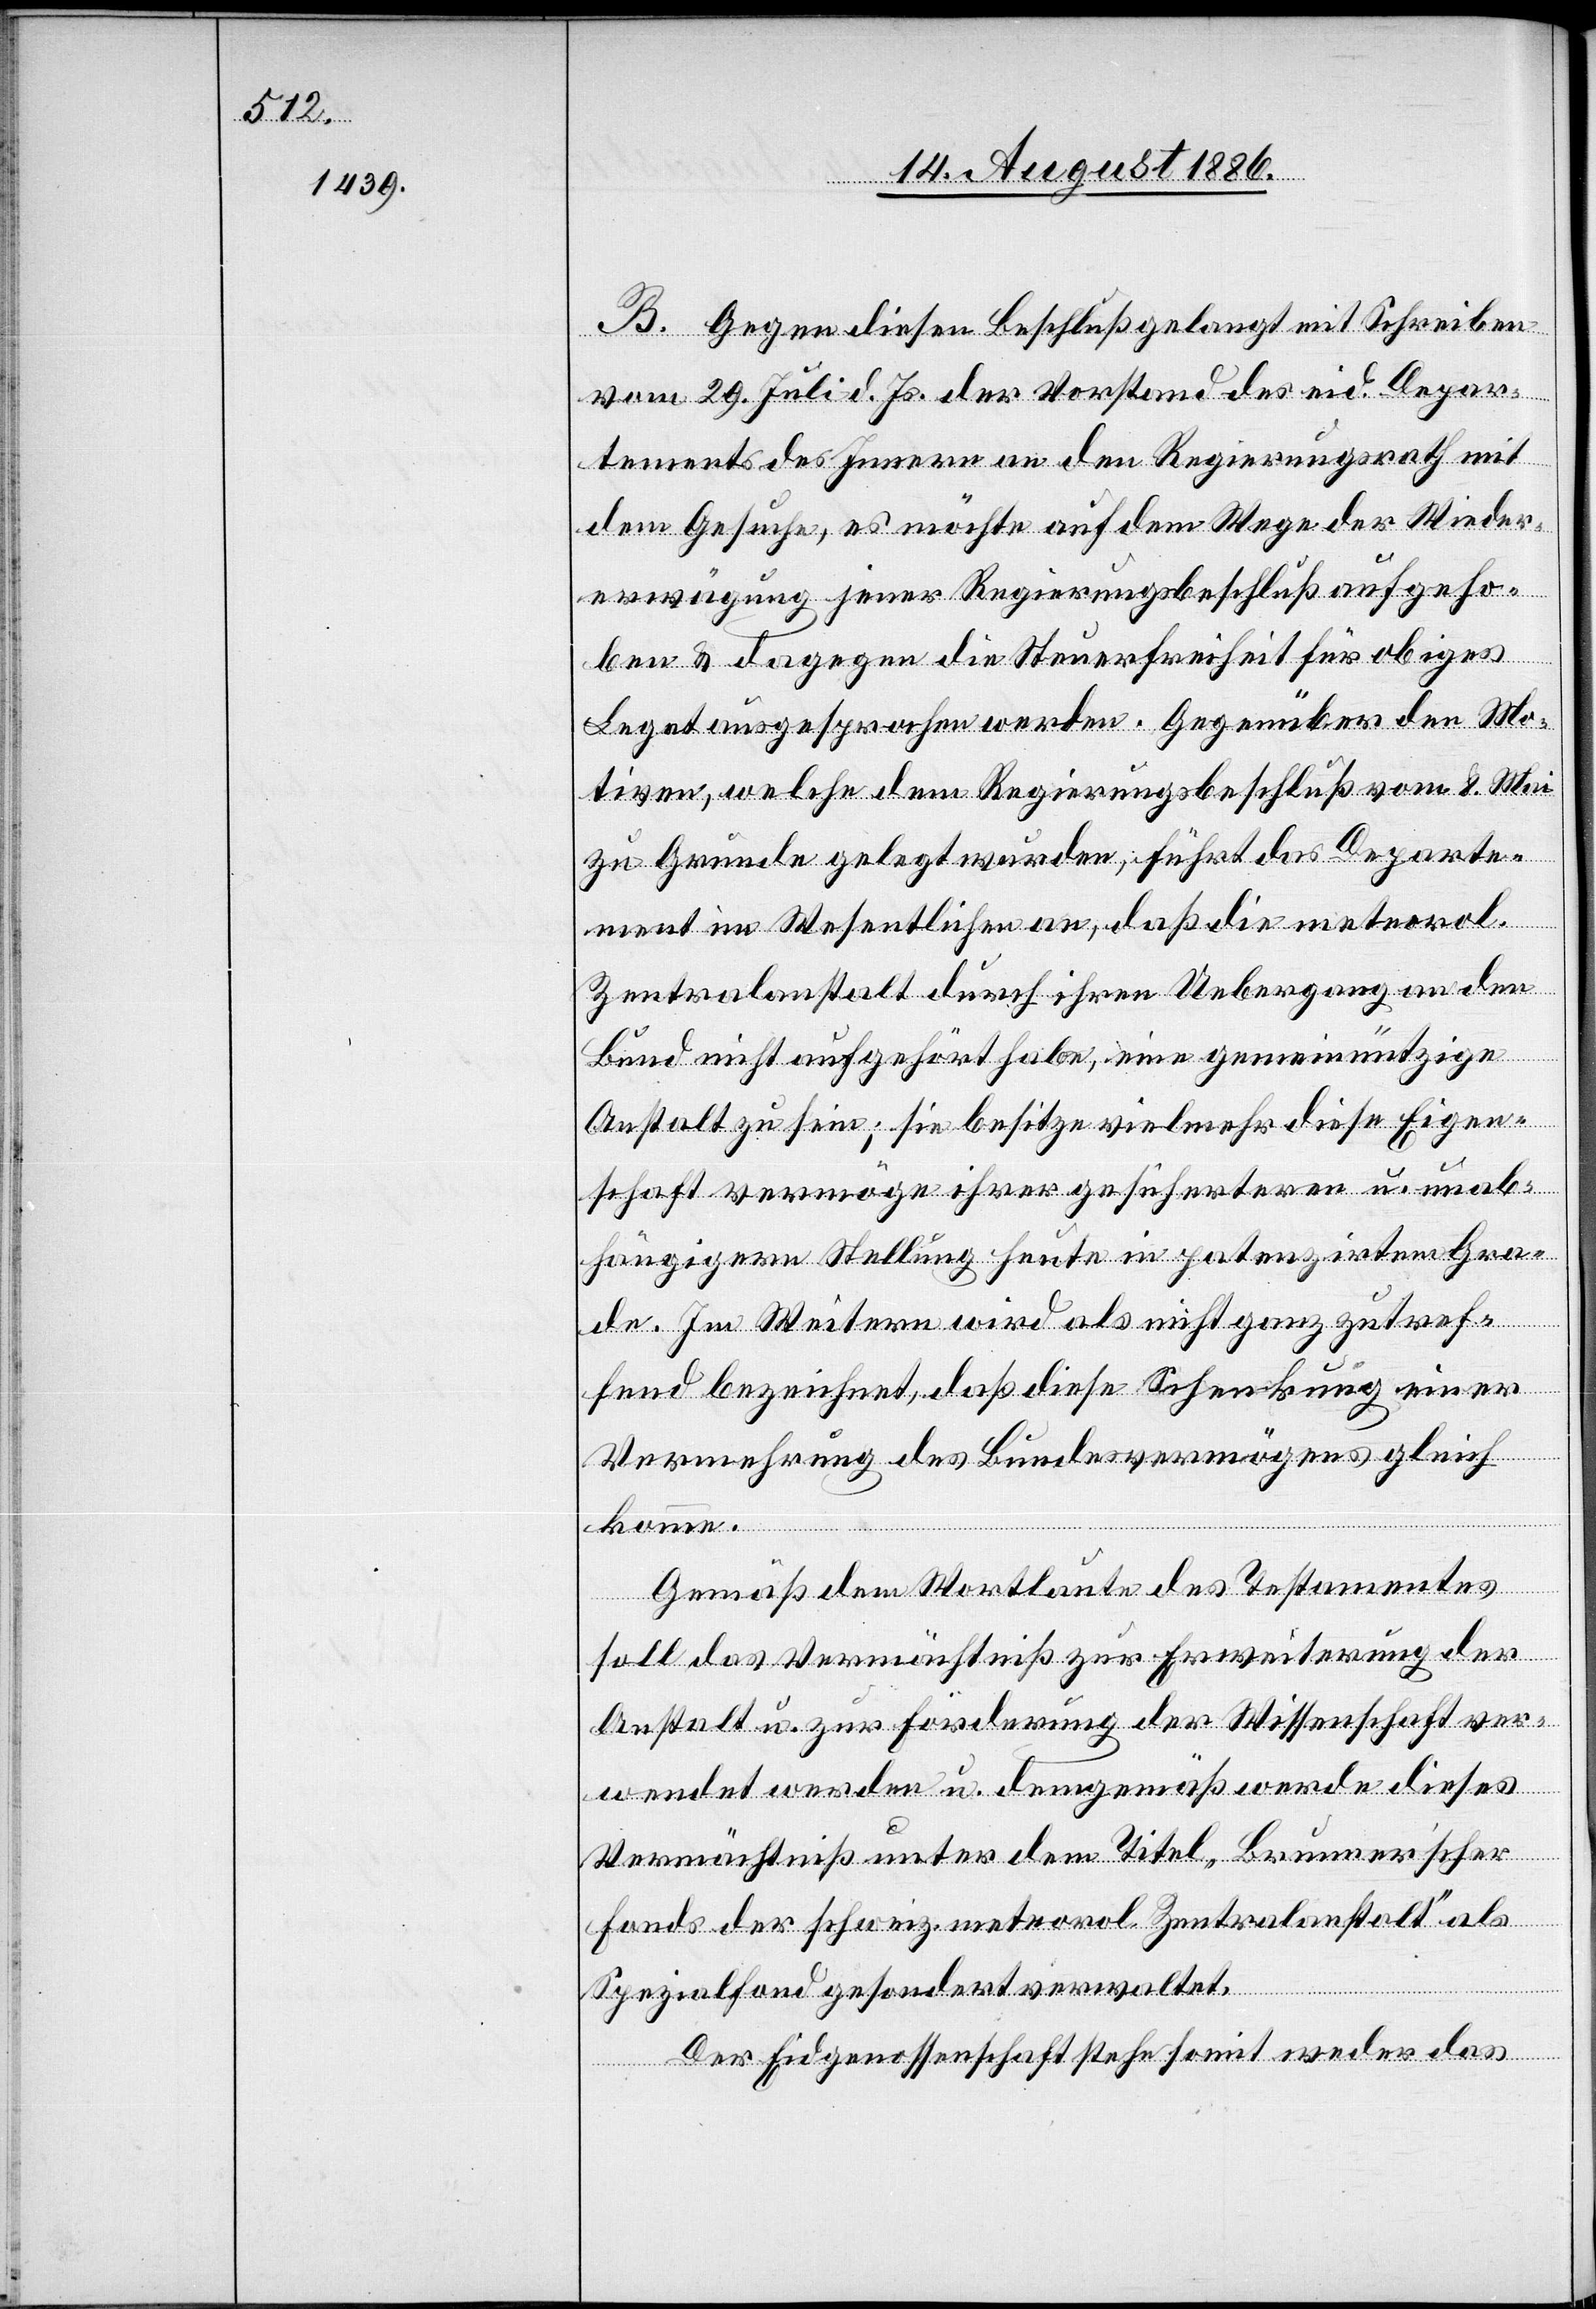
B. Gegen diesen Beschluß gelangt mit Schreiben
vom 29. Juli d. Js. der Vorstand des eid. Depar¬
tements des Innern an den Regierungsrath mit
dem Gesuche, es möchte auf dem Wege der Wieder¬
erwägung jener Regierungsbeschluß aufgeho¬
ben & dagegen die Steuerfreiheit für obiges
Legat ausgesprochen werden. Gegenüber den Mo¬
tiven, welche dem Regierungsbeschluß vom 8. Mai
zu Grunde gelegt werden, führt das Departe¬
ment im Wesentlichen an, daß die meteorol.
Zentralanstalt durch ihren Uebergang an den
Bund nicht aufgehört habe, eine gemeinnützige
Anstalt zu sein; sie besitze vielmehr diese Eigen¬
schaft vermöge ihrer gesicherteren u. unab¬
hängigern Stellung heute in potenzirtem Gra¬
de. Im Weitern wird als nicht ganz zutref¬
fend bezeichnet, daß diese Schenkung einer
Vermehrung des Bundesvermögens gleich
komme.
Gemäß dem Wortlaute des Testamentes
soll das Vermächtniß zur Erweiterung der
Anstalt u. zur Förderung der Wissenschaft ver¬
wendet werden u. demgemäß werde dieses
Vermächtniß unter dem Titel „Brunnerʼscher
Fonds der schweiz. meteorol. Zentralanstalt“ als
Spezialfond gesondert verwaltet.
Der Eidgenossenschaft stehe somit weder das